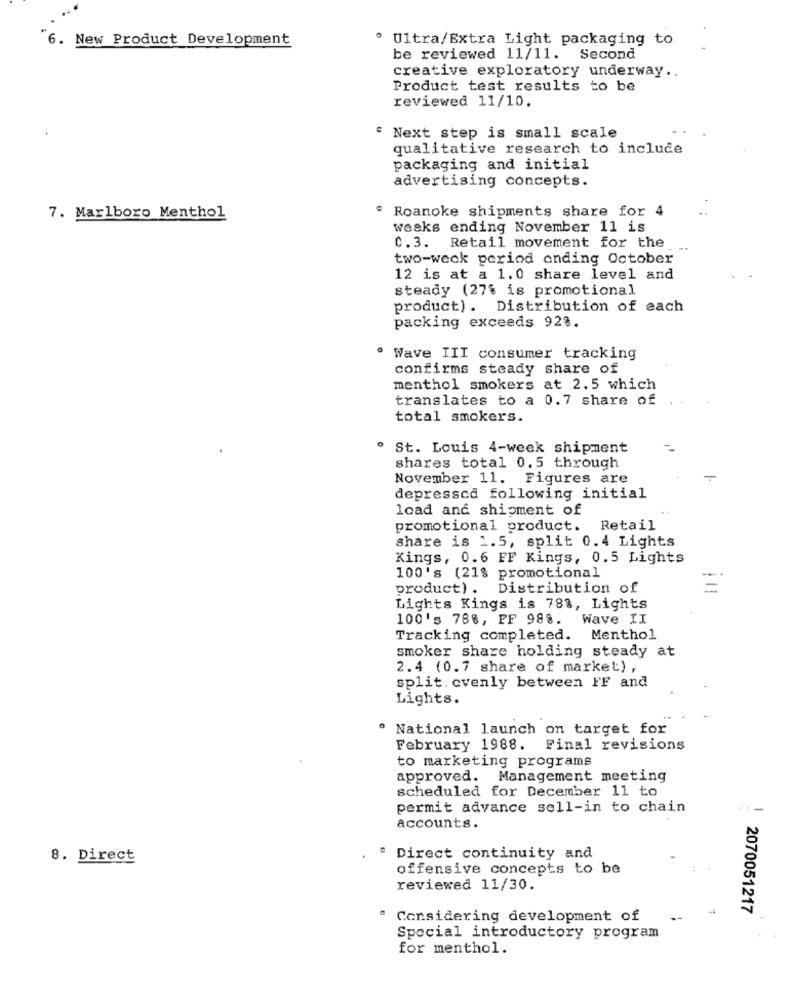
6.
New Product Development
Ultra/Extra Light packaging to
be reviewed 11/11. Second
creative exploratory underway ..
Product test results to be
reviewed 11/10.
" Next step is small scale
qualitative research to include
packaging and initial
advertising concepts.
. Roanoke shipments share for 4
7. Marlboro Menthol
weeks ending November 11 is
c.3. Retail movement for the
two-weck period ending October
12 is at a 1.0 share level and
steady (27% is promotional
product). Distribution of each
packing exceeds 928.
. Wave III consumer tracking
confirms steady share of
menthol smokers at 2.5 which
translates to a 0.7 share of
total smokers.
. St. Louis 4-week shipment
shares total 0.5 through
November 11. Figures are
depressed following initial
load and shipment of
promotional product. Retail
share is 1.5, split 0.4 Lights
Kings, 0.6 FF Kings, 0.5 Lights
100's (21% promotional
product). Distribution of
-
Lights Kings is 788, Lights
100's 788, FF 988.
Wave II
Tracking completed.
Menthol
smoker share holding steady at
2.4 (0.7 share of market) ,
split. evenly between FF and
Lights.
· National launch on target for
February 1988. Final revisions
to marketing programs
approved. Management meeting
scheduled for December 11 to
permit advance sell-in to chain
accounts.
8. Direct
" Direct continuity and
offensive concepts to be
reviewed 11/30.
2070051217
" Considering development of
-
Special introductory program
for menthol.